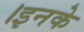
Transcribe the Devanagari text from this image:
।इनके